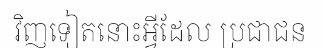
វិញទៀតនោះអ្វីដែល ប្រជាជន